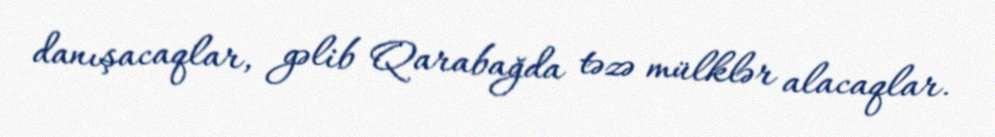
danışacaqlar, gəlib Qarabağda təzə mülklər alacaqlar.